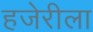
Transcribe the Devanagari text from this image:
हजेरीला